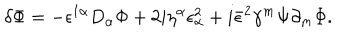
\delta \Phi = - \epsilon ^ { 1 \alpha } D _ { \alpha } \Phi + 2 i \eta ^ { \alpha } \epsilon _ { \alpha } ^ { 2 } + i \bar { \epsilon } ^ { 2 } \gamma ^ { m } \Psi \partial _ { m } \Phi .